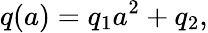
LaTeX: q(a)=q_{1}a^{2}+q_{2},